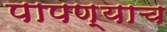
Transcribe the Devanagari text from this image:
पापण्याच